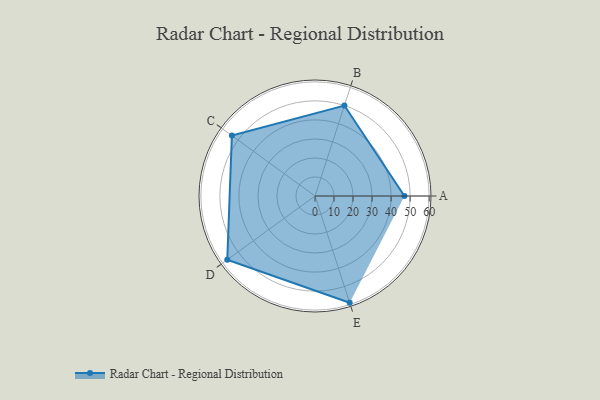
{"axis": {"x": "Skill", "y": "Score"}, "legend": ["Profile"], "data": [{"x": "A", "y": 47.0, "type": "Profile"}, {"x": "B", "y": 50.0, "type": "Profile"}, {"x": "C", "y": 54.0, "type": "Profile"}, {"x": "D", "y": 57.0, "type": "Profile"}, {"x": "E", "y": 59.0, "type": "Profile"}]}